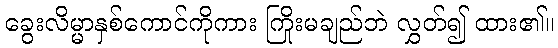
ခွေးလိမ္မာနှစ်ကောင်ကိုကား ကြိုးမချည်ဘဲ လွှတ်၍ ထား၏။